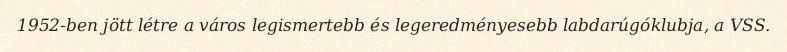
1952-ben jött létre a város legismertebb és legeredményesebb labdarúgóklubja, a VSS.